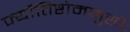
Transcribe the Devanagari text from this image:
र्ज्योतिष्टोममुखैः